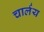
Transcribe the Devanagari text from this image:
चार्लय